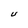
Character: U